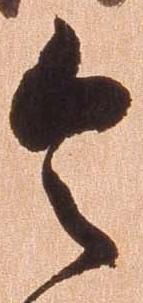
令